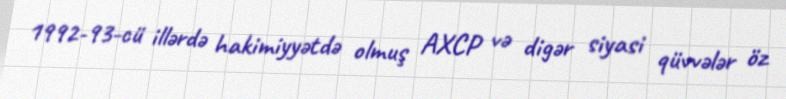
1992-93-cü illərdə hakimiyyətdə olmuş AXCP və digər siyasi qüvvələr öz